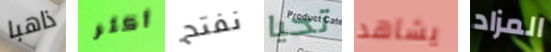
ذاهبا أكثر نفتح تحيا يشاهد المزاد